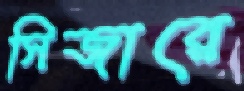
সিজারে